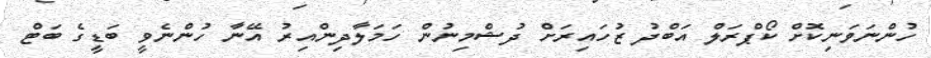
ހުންނަވަނިކޮށް ކޯޕްރަލް އަބްދު ޒުހައިރަށް ދުޝްމިނުން ހަމަލާދިންއިރު އޭނާ ހުންނެވީ ބަޑީގެ ބަޓް